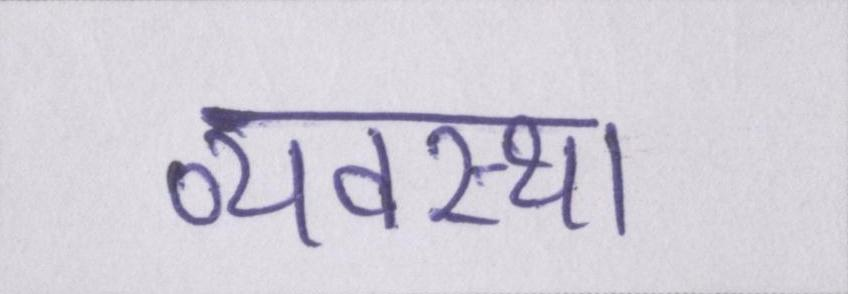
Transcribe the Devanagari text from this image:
व्यवस्था